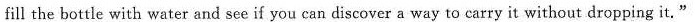
fill the bottle with water and see if you can discover a way to carry it without dropping it."